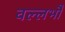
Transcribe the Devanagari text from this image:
वल्लभौ